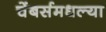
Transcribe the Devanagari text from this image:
चेंबर्समधल्या